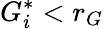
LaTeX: G_{i}^{*}<r_{G}